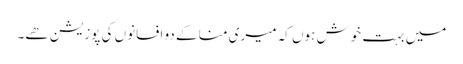
میں بہت خوش ہوں کہ میری منا کے دو افسانوں کی پوزیشن ھے۔